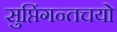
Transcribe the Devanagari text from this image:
सुप्तिंगन्तचयो